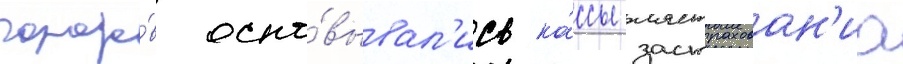
городо́в осно́вывал'ись ка́ссы застрахован'иа